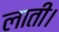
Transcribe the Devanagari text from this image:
लाती।